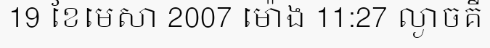
19 ខែមេសា 2007 ម៉ោង 11:27 ល្ងាចគឺ